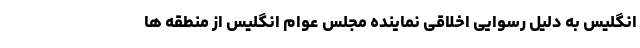
انگلیس به دلیل رسوایی اخلاقی نماینده مجلس عوام انگلیس از منطقه ها